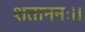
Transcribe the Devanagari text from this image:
शताननः।।